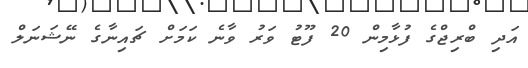
އަދި ބްރިޖްގެ ފުޅާމިން 20 ފޫޓު ވަރު ވާނެ ކަމަށް ޗައިނާގެ ނޭޝަނަލް